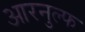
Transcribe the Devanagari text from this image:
आरनुल्फ